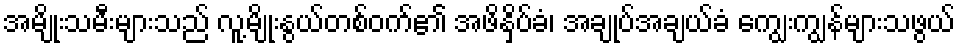
အမျိုးသမီးများသည် လူ့မျိုးနွယ်တစ်ဝက်၏ အဖိနှိပ်ခံ၊ အချုပ်အချယ်ခံ ကျွေးကျွန်များသဖွယ်